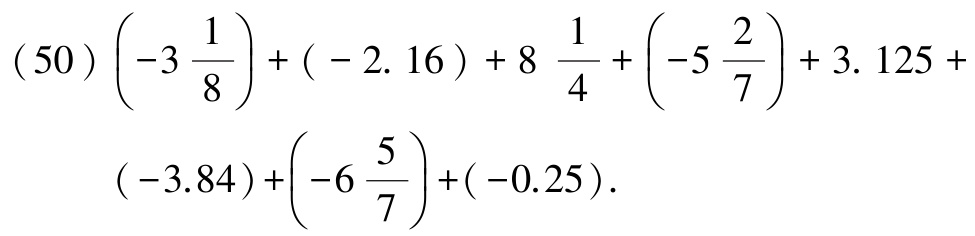
\[(50)\left(-3\frac{1}{8}\right)+(-2.16)+8\frac{1}{4}+\left(-5\frac{2}{7}\right)+3.125+(-3.84)+\left(-6\frac{5}{7}\right)+(-0.25).\]